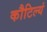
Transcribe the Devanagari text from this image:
कौटिल्यं